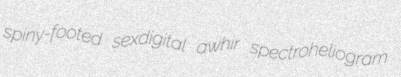
spiny-footed sexdigital awhir spectroheliogram